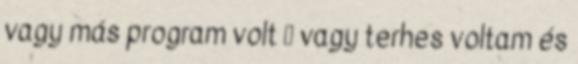
vagy más program volt ⛤ vagy terhes voltam és